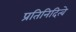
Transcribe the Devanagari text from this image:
प्रतिनिदित्वे